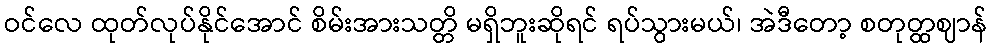
ဝင်လေ ထုတ်လုပ်နိုင်အောင် စိမ်းအားသတ္တိ မရှိဘူးဆိုရင် ရပ်သွားမယ်၊ အဲဒီတော့ စတုတ္ထဈာန်